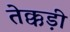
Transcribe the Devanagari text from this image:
तेक्कड़ी